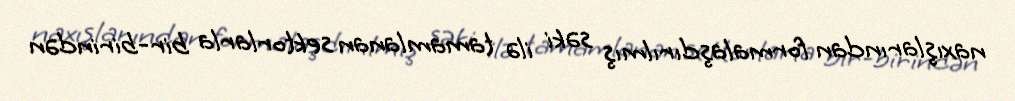
naxışlarından formalaşdırılmış səki ilə tamamlanan sektorlarla bir-birindən